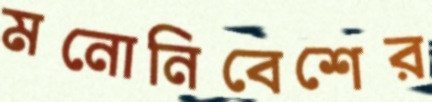
মনোনিবেশের